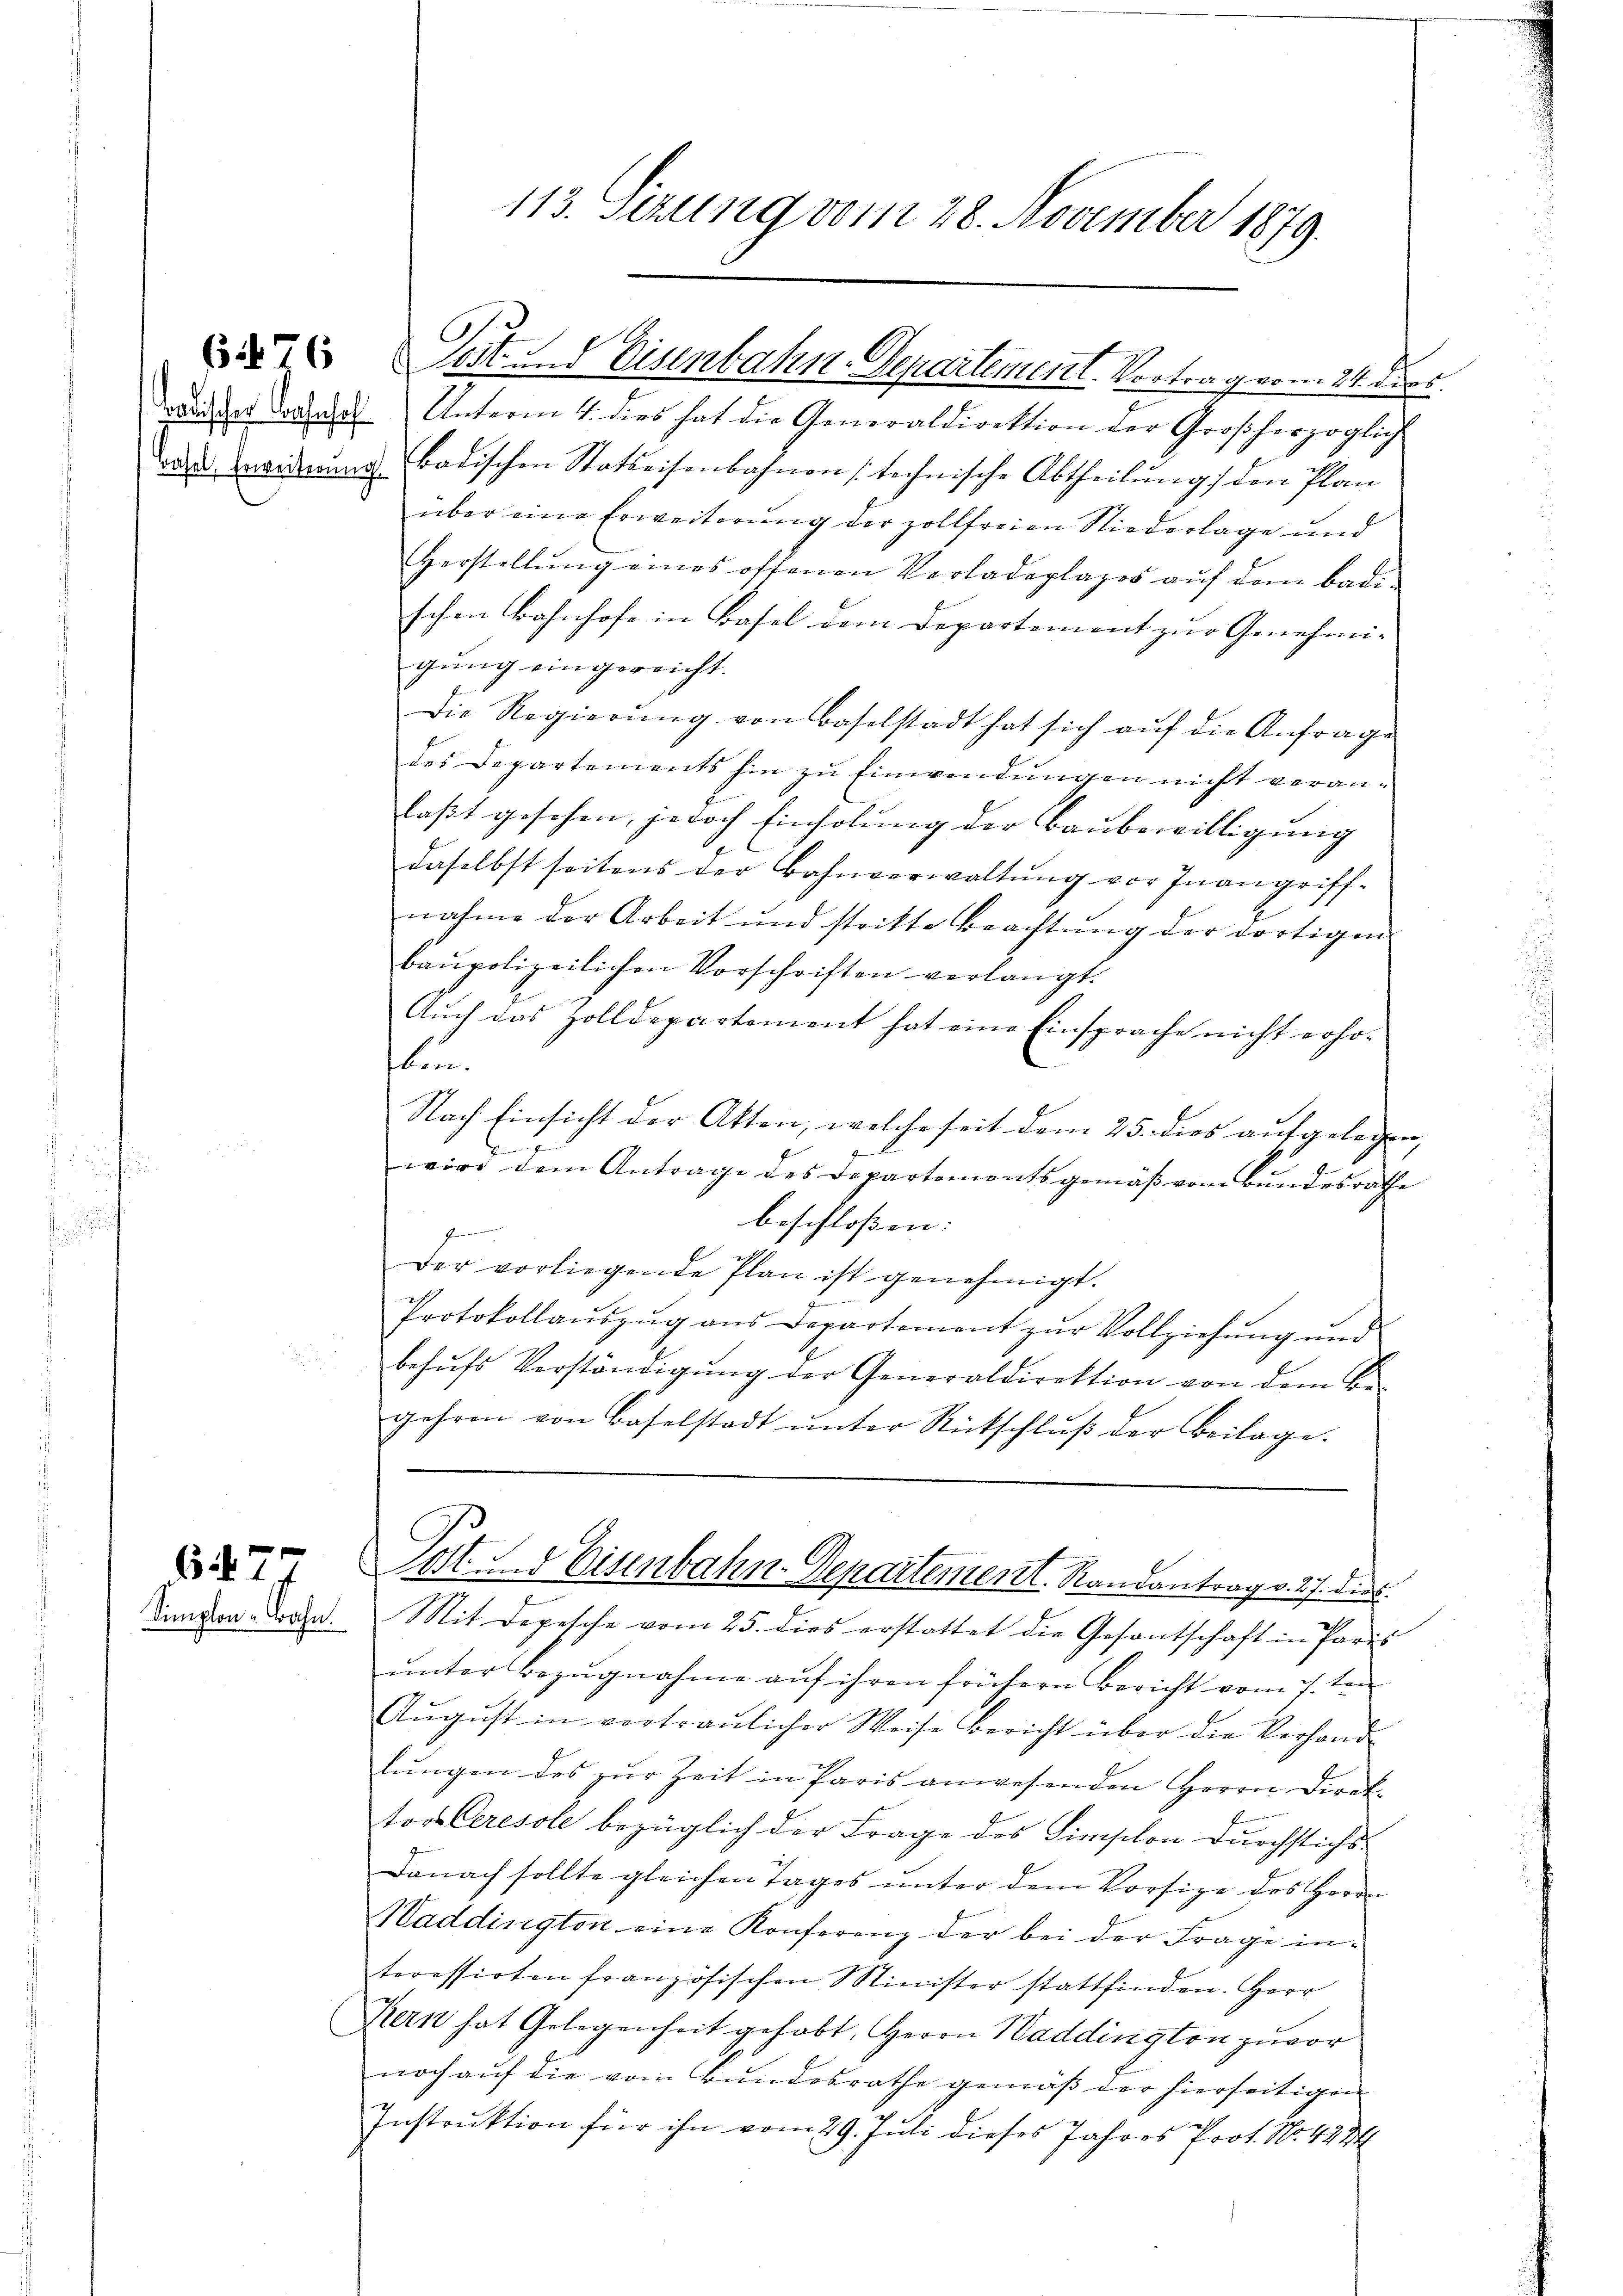
6476

Tradischer Wahnhof

7

113. Sezung vom 28. November 1879.

C.
Unterm 4. dies hat die Generaldirektion der Großherzoglich
a Zweiderrung badischen Statteisenbahnen stechnische Abtheilung den Plan
über eine Erweiterung der zollfreien Niederlage und
Herstellŭng eines offenen Verladeplages aŭf dem badi-
schen Bahnhofe in Basel dem Departement zur Genehmi-
gung eingereicht.
Die Regierŭng von Baselstadt hat sich aŭf die Anfrage
des Departements hin zu Einwendungen nicht veran-
faßt gesehen, jedoch Einholung der Baubewilligung
daselbst seitens der Bahnverwaltŭng vor Inangriff-
nahme der Arbeit und stritte Beachtŭng der dortigen-
baupolizeilichen Vorschriften verlangt.
Auch das Zolldepartement hat eine Einsprache nicht erho-
bin.
Nach Einsicht der Akten, welche seit dem 25. dies aufgelegen,
wird dem Antrage des Departementsgemäβ vom Bundesrathe
beschloßen:
Gemein
Der vorliegende Plan ist genehmigt.
Protokollaŭszŭg ans Departement zŭr Vollziehŭng und
behŭfs Verständigŭng der Generaldirektion von dem Be-
gehren von Baselstadt ŭnter Rückschlŭβ der Beilage.

Sest und Eisenbahn-Departement. Vortrag vom 24. Ders

Post Eisenbahn-Departement. Randantrag v. 27. dies

Singen dran. Mit Depesche vom 25. dies erstattet die Gesantschaft in Paris
unter Bezugnahme auf ihren frühern Bericht vom 7. ten
Aŭgŭst in vertraulicher Weise bericht über die Verhand-
lungen des zur Zeit in Paris anwesenden Herrn Direktors Ceresole bezüglich der Frage des Simplon durchstichs
Danach sollte gleichen Tages unter dem Vorsitze des Herrn
Haddington eine Konferenz der bei der Frage interessirten französischen Minister stattfinden. Herr
Kern hat Gelegenheit gehabt, Herrn Haddington zuvor
noch auf die vom Bundesrathe gemäß der hierseitigen
Instruktion für ihn vom 29. Juli dieses Jahres Prot. No. 428